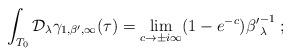
LaTeX: \begin{align*}\int_{T_0} \mathcal{D}_\lambda\gamma_{1, \beta',\infty}(\tau) =\lim_{c\rightarrow \pm i\infty} (1-e^{- c}){\beta'}^{-1}_\lambda\;;\end{align*}